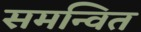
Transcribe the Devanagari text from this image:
समन्‍वित